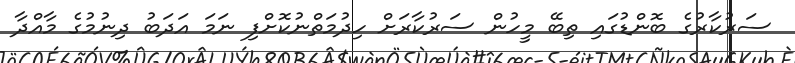
ސަރުކާރުގެ ބޮންޑުގައި ތިބޭ މީހުން ސަރުކާރަށް ހިދުމަތްނުކޮށްފި ނަމަ އަދަބު ދިނުމުގެ މާއްދާ